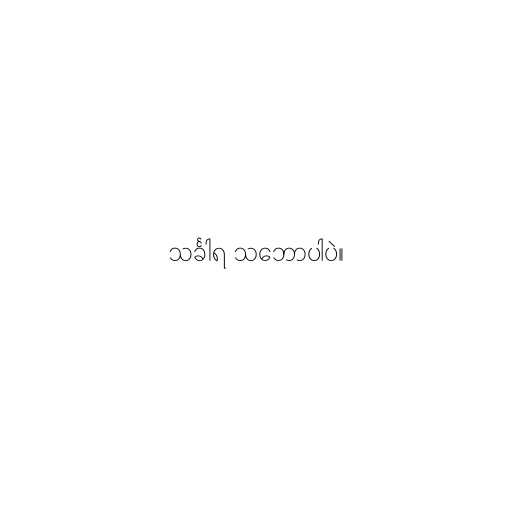
သင်္ခါရ သ‌ဘောပါပဲ။